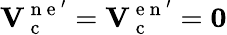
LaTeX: \mathbf{V}_{\mathrm{~c~}}^{\mathrm{~n~e~}^{\prime}}=\mathbf{V}_{\mathrm{~c~}}^{\mathrm{~e~n~}^{\prime}}=\mathbf{0}